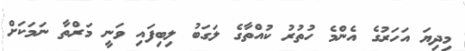
މިދިޔަ އަހަރުގެ އެންމެ ހުތުރު ކުއްތާގެ ލަގަބު ލިބިފައި ވަނީ މަރްތާ ނަމަކަށް